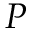
{ \cal P }